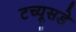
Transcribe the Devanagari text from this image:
टच्यूसडे